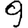
Digit: 9